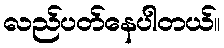
လည်ပတ်နေပါတယ်။